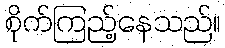
စိုက်ကြည့်နေသည်။